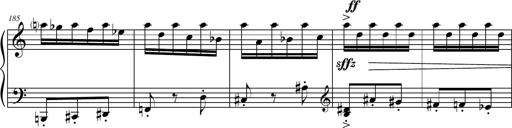
Title: Petite Sonatine
Composer: Richard St. Clair